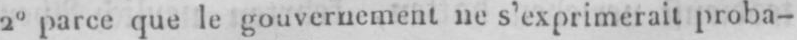
2° parce que le gouvernement ne s’exprimerait proba-